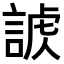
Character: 𧩐